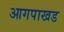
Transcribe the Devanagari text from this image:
आगपाखड